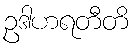
ဥဒါဟရတီတိ